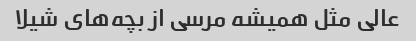
عالی مثل همیشه مرسی از بچه‌های شیلا